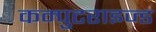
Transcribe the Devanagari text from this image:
कम्पुटराइज्ड